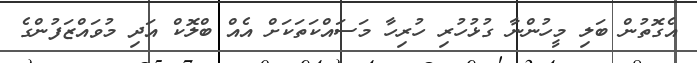
އެގޮތުން ބަލި މީހުންނާ ގުޅުހުރި ހުރިހާ މަސައްކަތަކަށް އެއް ބްލޮކް އަދި މުވައްޒަފުންގެ